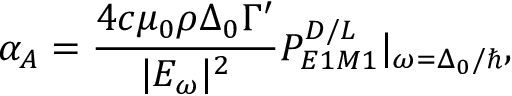
\alpha _ { A } = \frac { 4 c \mu _ { 0 } \rho \Delta _ { 0 } \Gamma ^ { \prime } } { | E _ { \omega } | ^ { 2 } } P _ { E 1 M 1 } ^ { D / L } | _ { \omega = \Delta _ { 0 } / \hbar } ,